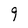
Character: 9